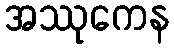
အဿုကေန